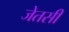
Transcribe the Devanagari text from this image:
जेतसी